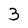
Character: 3